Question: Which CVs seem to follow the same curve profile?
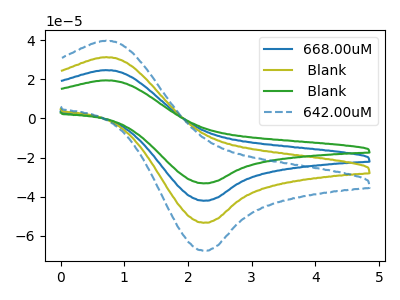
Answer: <think>The blue curve "668.00uM" has an anodic peak at (0.70V, 62.80uA) and a cathodic peak at (2.25V, -106.75uA). The olive curve " Blank" has an anodic peak at (0.70V, 31.40uA) and a cathodic peak at (2.25V, -53.40uA). The green curve " Blank" has an anodic peak at (0.70V, 94.20uA) and a cathodic peak at (2.25V, -160.15uA). The blue dashed curve "642.00uM" has an anodic peak at (0.70V, 39.80uA) and a cathodic peak at (2.25V, -67.70uA).
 All the peaks in "668.00uM" have a peak in " Blank" at the same potential. Every peak in "668.00uM" is higher than every peak in " Blank". All the peaks in "668.00uM" have a peak in " Blank" at the same potential. Every peak in "668.00uM" is lower than every peak in " Blank". All the peaks in "668.00uM" have a peak in "642.00uM" at the same potential. Every peak in "668.00uM" is higher than every peak in "642.00uM". All the peaks in " Blank" have a peak in " Blank" at the same potential. Every peak in " Blank" is lower than every peak in " Blank". All the peaks in " Blank" have a peak in "642.00uM" at the same potential. Every peak in " Blank" is lower than every peak in "642.00uM". All the peaks in " Blank" have a peak in "642.00uM" at the same potential. Every peak in " Blank" is higher than every peak in "642.00uM".</think>
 <answer>"642.00uM", "668.00uM", " Blank" and " Blank" have the same shape and are likely CV's of the same chemical.</answer>
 <eval>"642.00uM" "668.00uM" " Blank" " Blank"</eval>